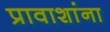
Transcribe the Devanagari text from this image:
प्रावाशांना